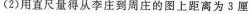
(2)用直尺量得从李庄到周庄的图上距离为3厘